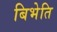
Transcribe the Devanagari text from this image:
बिभेति